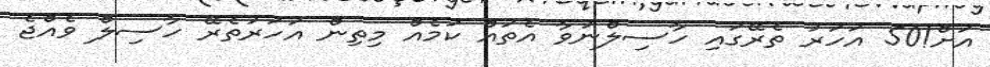
އަށް!50 އަހަރު ތެރޭގައި ހާސިލްނުވާ އެތައް ކަމެއް މިތިން އަހަރުތެރޭ ހާސިލް ވެއްޖެ